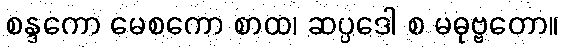
စန္ဒကော မေစကော စာထ၊ ဆပ္ပဒေါ စ မဓုဗ္ဗတော။